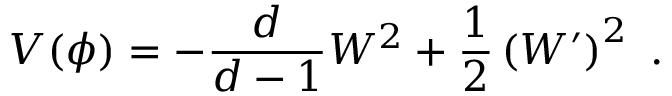
V ( \phi ) = - \frac { d } { d - 1 } W ^ { 2 } + \frac 1 2 \left( W ^ { \prime } \right) ^ { 2 } ~ .